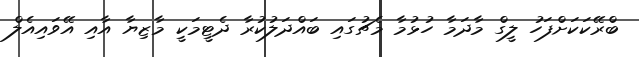
ބްރޭކަކަށްފަހު ލީގް މާދަމާ ހުޅުމާ މެޗުގައި ބައްދަލުކުރާ ދެޓީމަކީ މާޒިޔާ އާއި އޭވައިއެލް